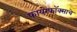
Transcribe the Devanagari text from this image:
फायरफॉक्साचे